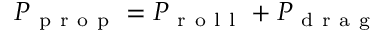
P _ { \mathrm { ~ p ~ r ~ o ~ p ~ } } = P _ { \mathrm { ~ r ~ o ~ l ~ l ~ } } + P _ { \mathrm { ~ d ~ r ~ a ~ g ~ } }